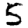
Digit: 5